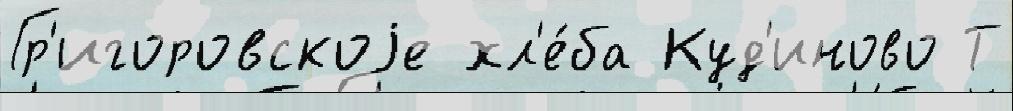
Гр'игоровскоjе хл'е́ба Куд'иново Т